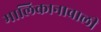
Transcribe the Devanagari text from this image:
मालिकानावाली